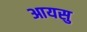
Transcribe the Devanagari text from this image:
आयसु